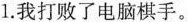
1.我打败了电脑棋手。